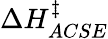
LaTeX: \Delta H_{ACSE}^{\ddagger}